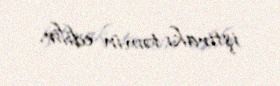
iştirakı təmin edilir.